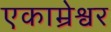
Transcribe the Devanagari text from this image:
एकाम्रेश्वर